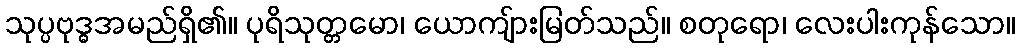
သုပ္ပဗုဒ္ဓအမည်ရှိ၏။ ပုရိသုတ္တမော၊ ယောကျ်ားမြတ်သည်။ စတုရော၊ လေးပါးကုန်သော။